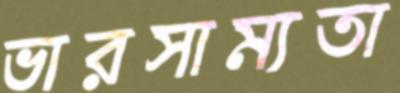
ভারসাম্যতা